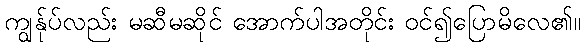
ကျွန်ုပ်လည်း မဆီမဆိုင် အောက်ပါအတိုင်း ဝင်၍ပြောမိလေ၏။